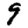
Digit: 9